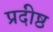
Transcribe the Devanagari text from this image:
प्रदीष्ठ